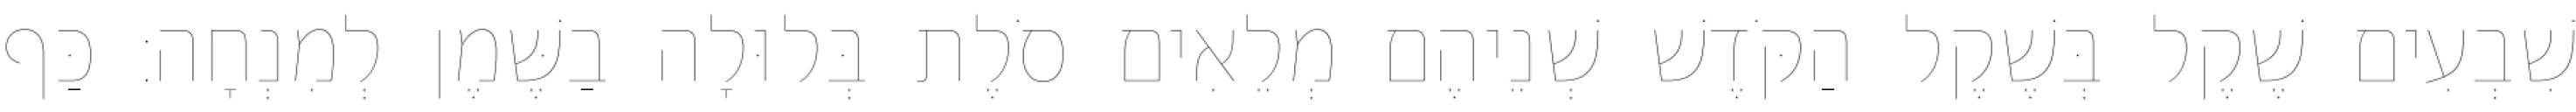
שִׁבְעִים שֶׁקֶל בְּשֶׁקֶל הַקֹּדֶשׁ שְׁנֵיהֶם מְלֵאִים סֹלֶת בְּלוּלָה בַשֶּׁמֶן לְמִנְחָה׃ כַּף